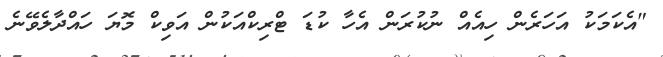
"އެކަމަކު އަހަރެން ހިއެއް ނުކުރަން އެހާ ކުޑަ ޓްރިކްއަކުން އަވިކް މޮޔަ ހައްދާލެވޭނެ